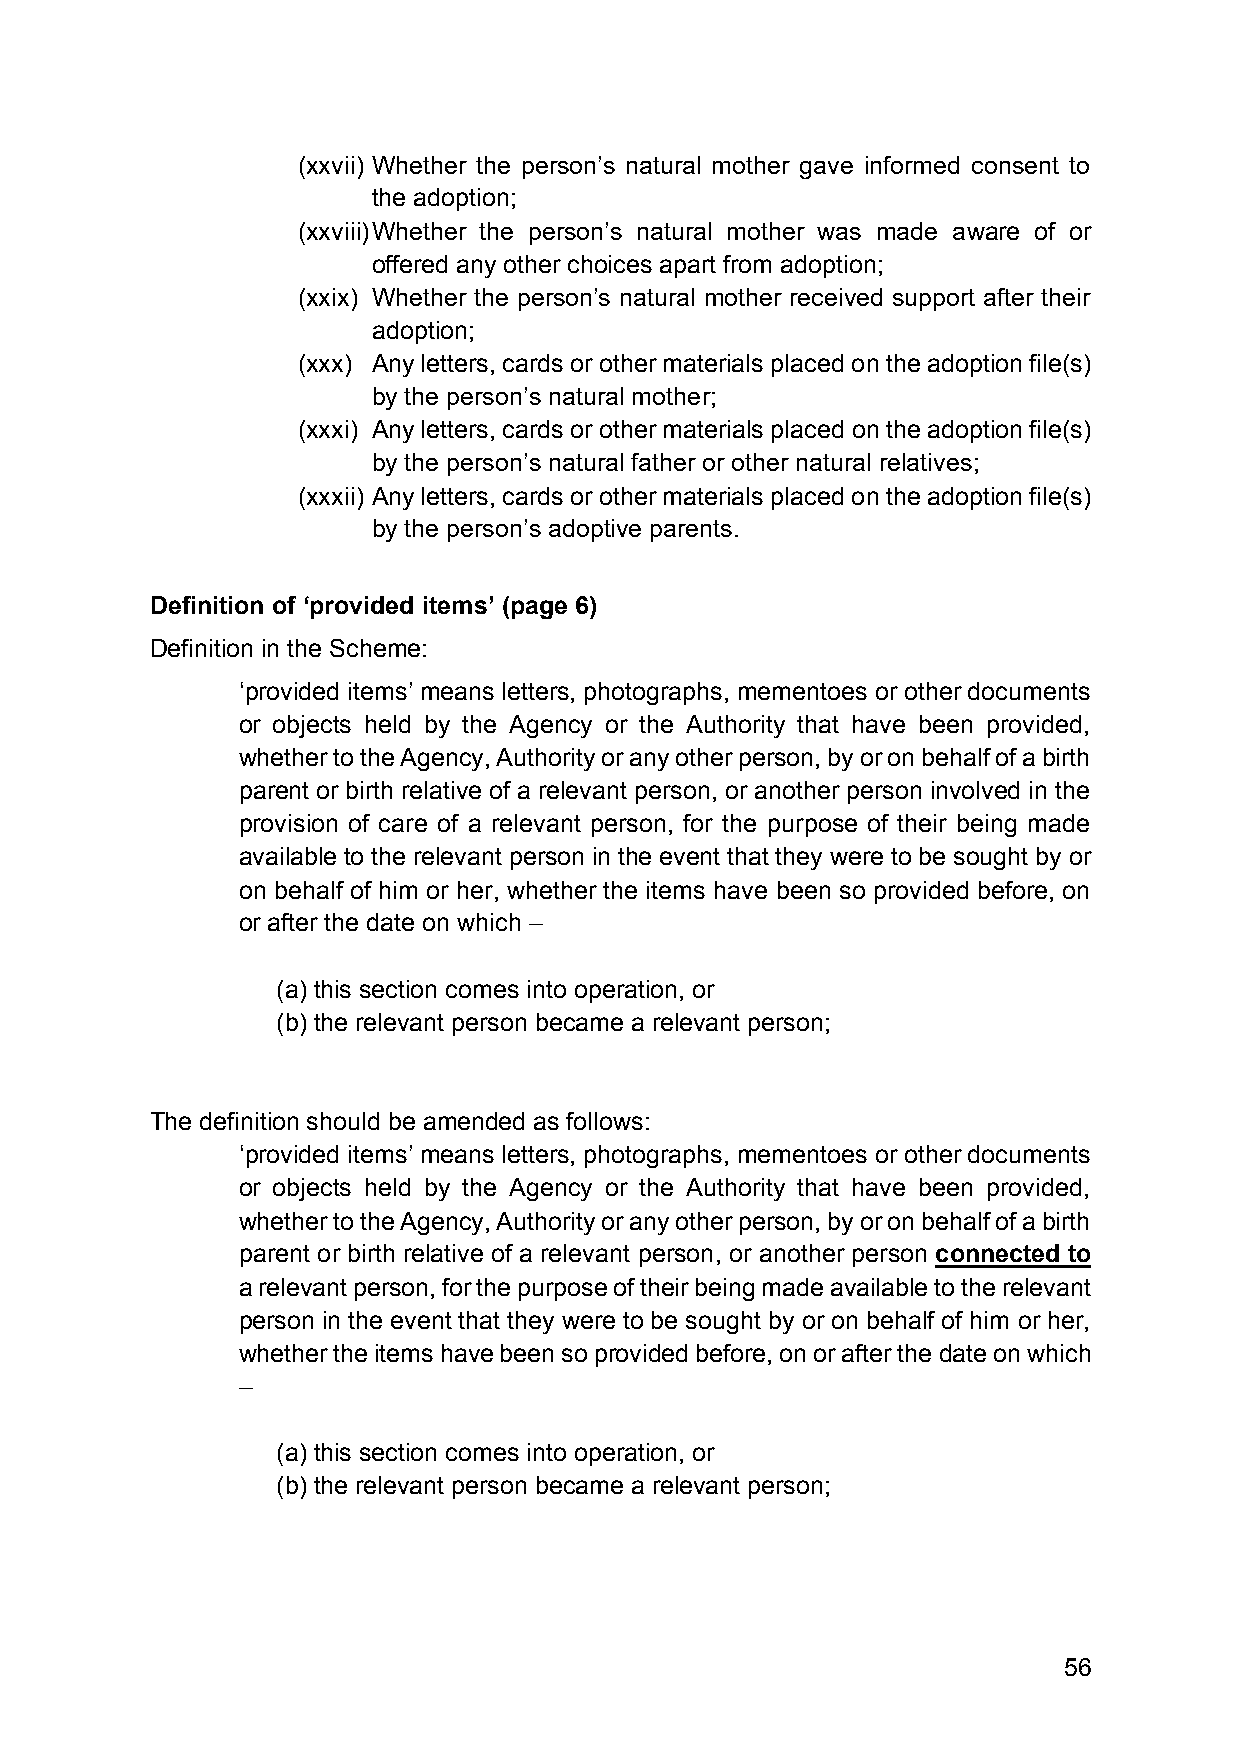
(xxvii) Whether the person’s natural mother gave informed consent to
 the adoption;
 (xxviii) Whether the person’s natural mother was made aware of or
 offered any other choices apart from adoption;
 (xxix) Whether the person’s natural mother received support after their
 adoption;
 (xxx) Any letters, cards or other materials placed on the adoption file(s)
 by the person’s natural mother;
 (xxxi) Any letters, cards or other materials placed on the adoption file(s)
 by the person’s natural father or other natural relatives;
 (xxxii) Any letters, cards or other materials placed on the adoption file(s)
 by the person’s adoptive parents.
 Definition of ‘provided items’ (page 6)
 Definition in the Scheme:
 ‘provided items’ means letters, photographs, mementoes or other documents
 or objects held by the Agency or the Authority that have been provided,
 whether to the Agency, Authority or any other person, by or on behalf of a birth
 parent or birth relative of a relevant person, or another person involved in the
 provision of care of a relevant person, for the purpose of their being made
 available to the relevant person in the event that they were to be sought by or
 on behalf of him or her, whether the items have been so provided before, on
 or after the date on which –
 (a) this section comes into operation, or
 (b) the relevant person became a relevant person;
 The definition should be amended as follows:
 ‘provided items’ means letters, photographs, mementoes or other documents
 or objects held by the Agency or the Authority that have been provided,
 whether to the Agency, Authority or any other person, by or on behalf of a birth
 parent or birth relative of a relevant person, or another person connected to
 a relevant person, for the purpose of their being made available to the relevant
 person in the event that they were to be sought by or on behalf of him or her,
 whether the items have been so provided before, on or after the date on which
 –
 (a) this section comes into operation, or
 (b) the relevant person became a relevant person;
 56